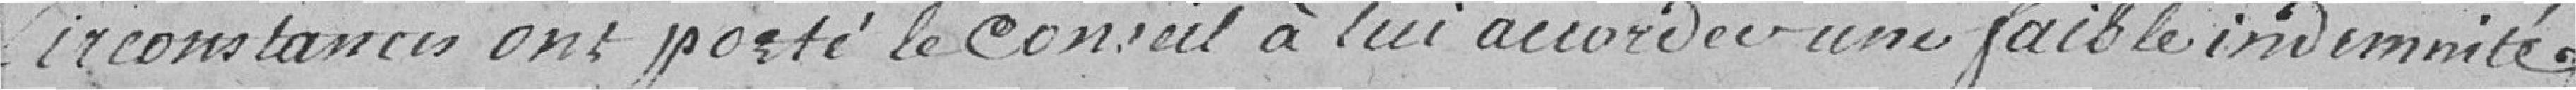
circonstances ont porté le Conseil à lui accorder une faible indémnité